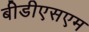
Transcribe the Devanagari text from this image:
बीडीएसएम